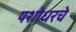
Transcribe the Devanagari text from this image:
यशोधरचे